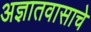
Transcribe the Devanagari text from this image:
अज्ञातवासाचे